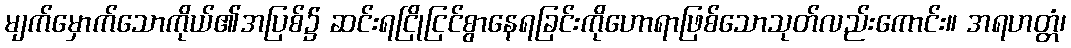
မျက်မှောက်သောကိုယ်၏အပြစ်၌ ဆင်းရငြိုငြင်စွာနေရခြင်းကိုဟောရာဖြစ်သောသုတ်လည်းကောင်း။ အရဟတ္တံ၊